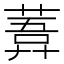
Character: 𦹊